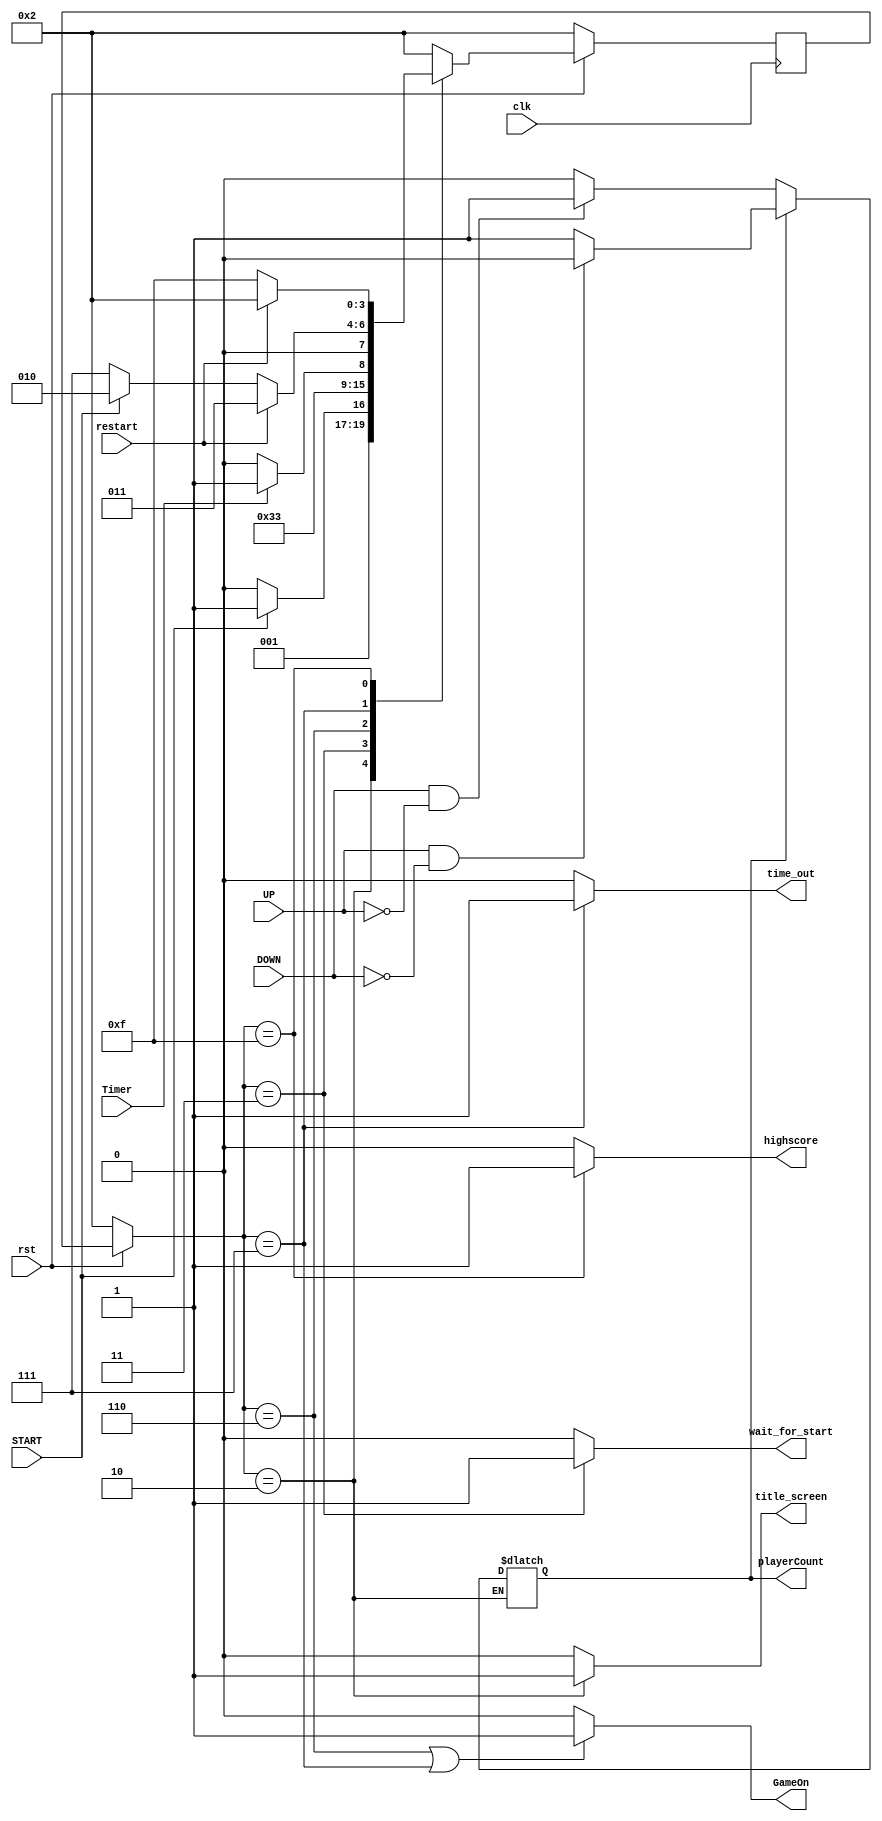
`timescale 1ns / 1ps
//////////////////////////////////////////////////////////////////////////////////
// Company: 
// Engineer: 
// 
// Design Name: 
// Module Name: State_Master
// Project Name: 
// Target Devices: 
// Tool Versions: 
// Description: 
// 
// Dependencies: 
// 
// Revision:
// Revision 0.01 - File Created
// Additional Comments:
// 
//////////////////////////////////////////////////////////////////////////////////


module State_Master(
    input wire rst,
    input wire START,
    input wire UP,
    input wire DOWN,
    input wire Timer,
    input wire clk,
    output wire playerCount,
    output wire title_screen,
    output wire wait_for_start,
    output wire time_out,
    output wire highscore,
    output wire GameOn,
    input wire restart
    );
    
    wire [3:0] State;
    reg [3:0] State_inter = 0;
    reg [3:0] State_next = 0;
    reg NoOfPlayers = 0;
    
    localparam SinglePlayChosen = 1'b0;
    localparam DualPlayChosen = 1'b1;
    
    localparam StartGame = 4'b0011;
    localparam TitleScreen = 4'b0010;
    localparam InGame = 4'b0110;
    localparam TimeOut = 4'b0111;
    localparam Highscore = 4'b1111;
    localparam Restart = 4'b1110;
    
    always @*
        if(State == TitleScreen)
            if(NoOfPlayers == SinglePlayChosen)
                NoOfPlayers = ((DOWN) && (!UP))?DualPlayChosen:SinglePlayChosen;
            else
                NoOfPlayers = ((UP) && (!DOWN))?SinglePlayChosen:DualPlayChosen;
                
                
                
                
    always @*
        begin
            case(State)
                TitleScreen:    State_next = (START)?StartGame:TitleScreen;
                StartGame:      State_next = InGame;
                InGame:         State_next = (Timer)?TimeOut:InGame;
                TimeOut:        State_next = (restart)?StartGame:((START)?TitleScreen:TimeOut);
                Highscore:      State_next = (restart)?TitleScreen:Highscore;
                default:        State_next = TitleScreen;
            endcase
        end
      
      always @(posedge clk) 
        if(rst)
            State_inter <= State_next;
        else 
            State_inter  <= TitleScreen;

      assign State = (!rst)?TitleScreen:State_inter;    
      assign highscore = (State == Highscore)? 1 : 0;
      assign GameOn = ((State == InGame) || (State == TimeOut))? 1 : 0;
      assign title_screen = (State == TitleScreen)? 1 : 0;
      assign time_out = (State == TimeOut)? 1 : 0;  
      assign wait_for_start = (State == StartGame)? 1 : 0; 
      assign playerCount = NoOfPlayers ;

      
endmodule